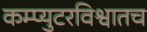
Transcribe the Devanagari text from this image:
कम्प्युटरविश्वातच